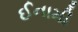
ઈનામી